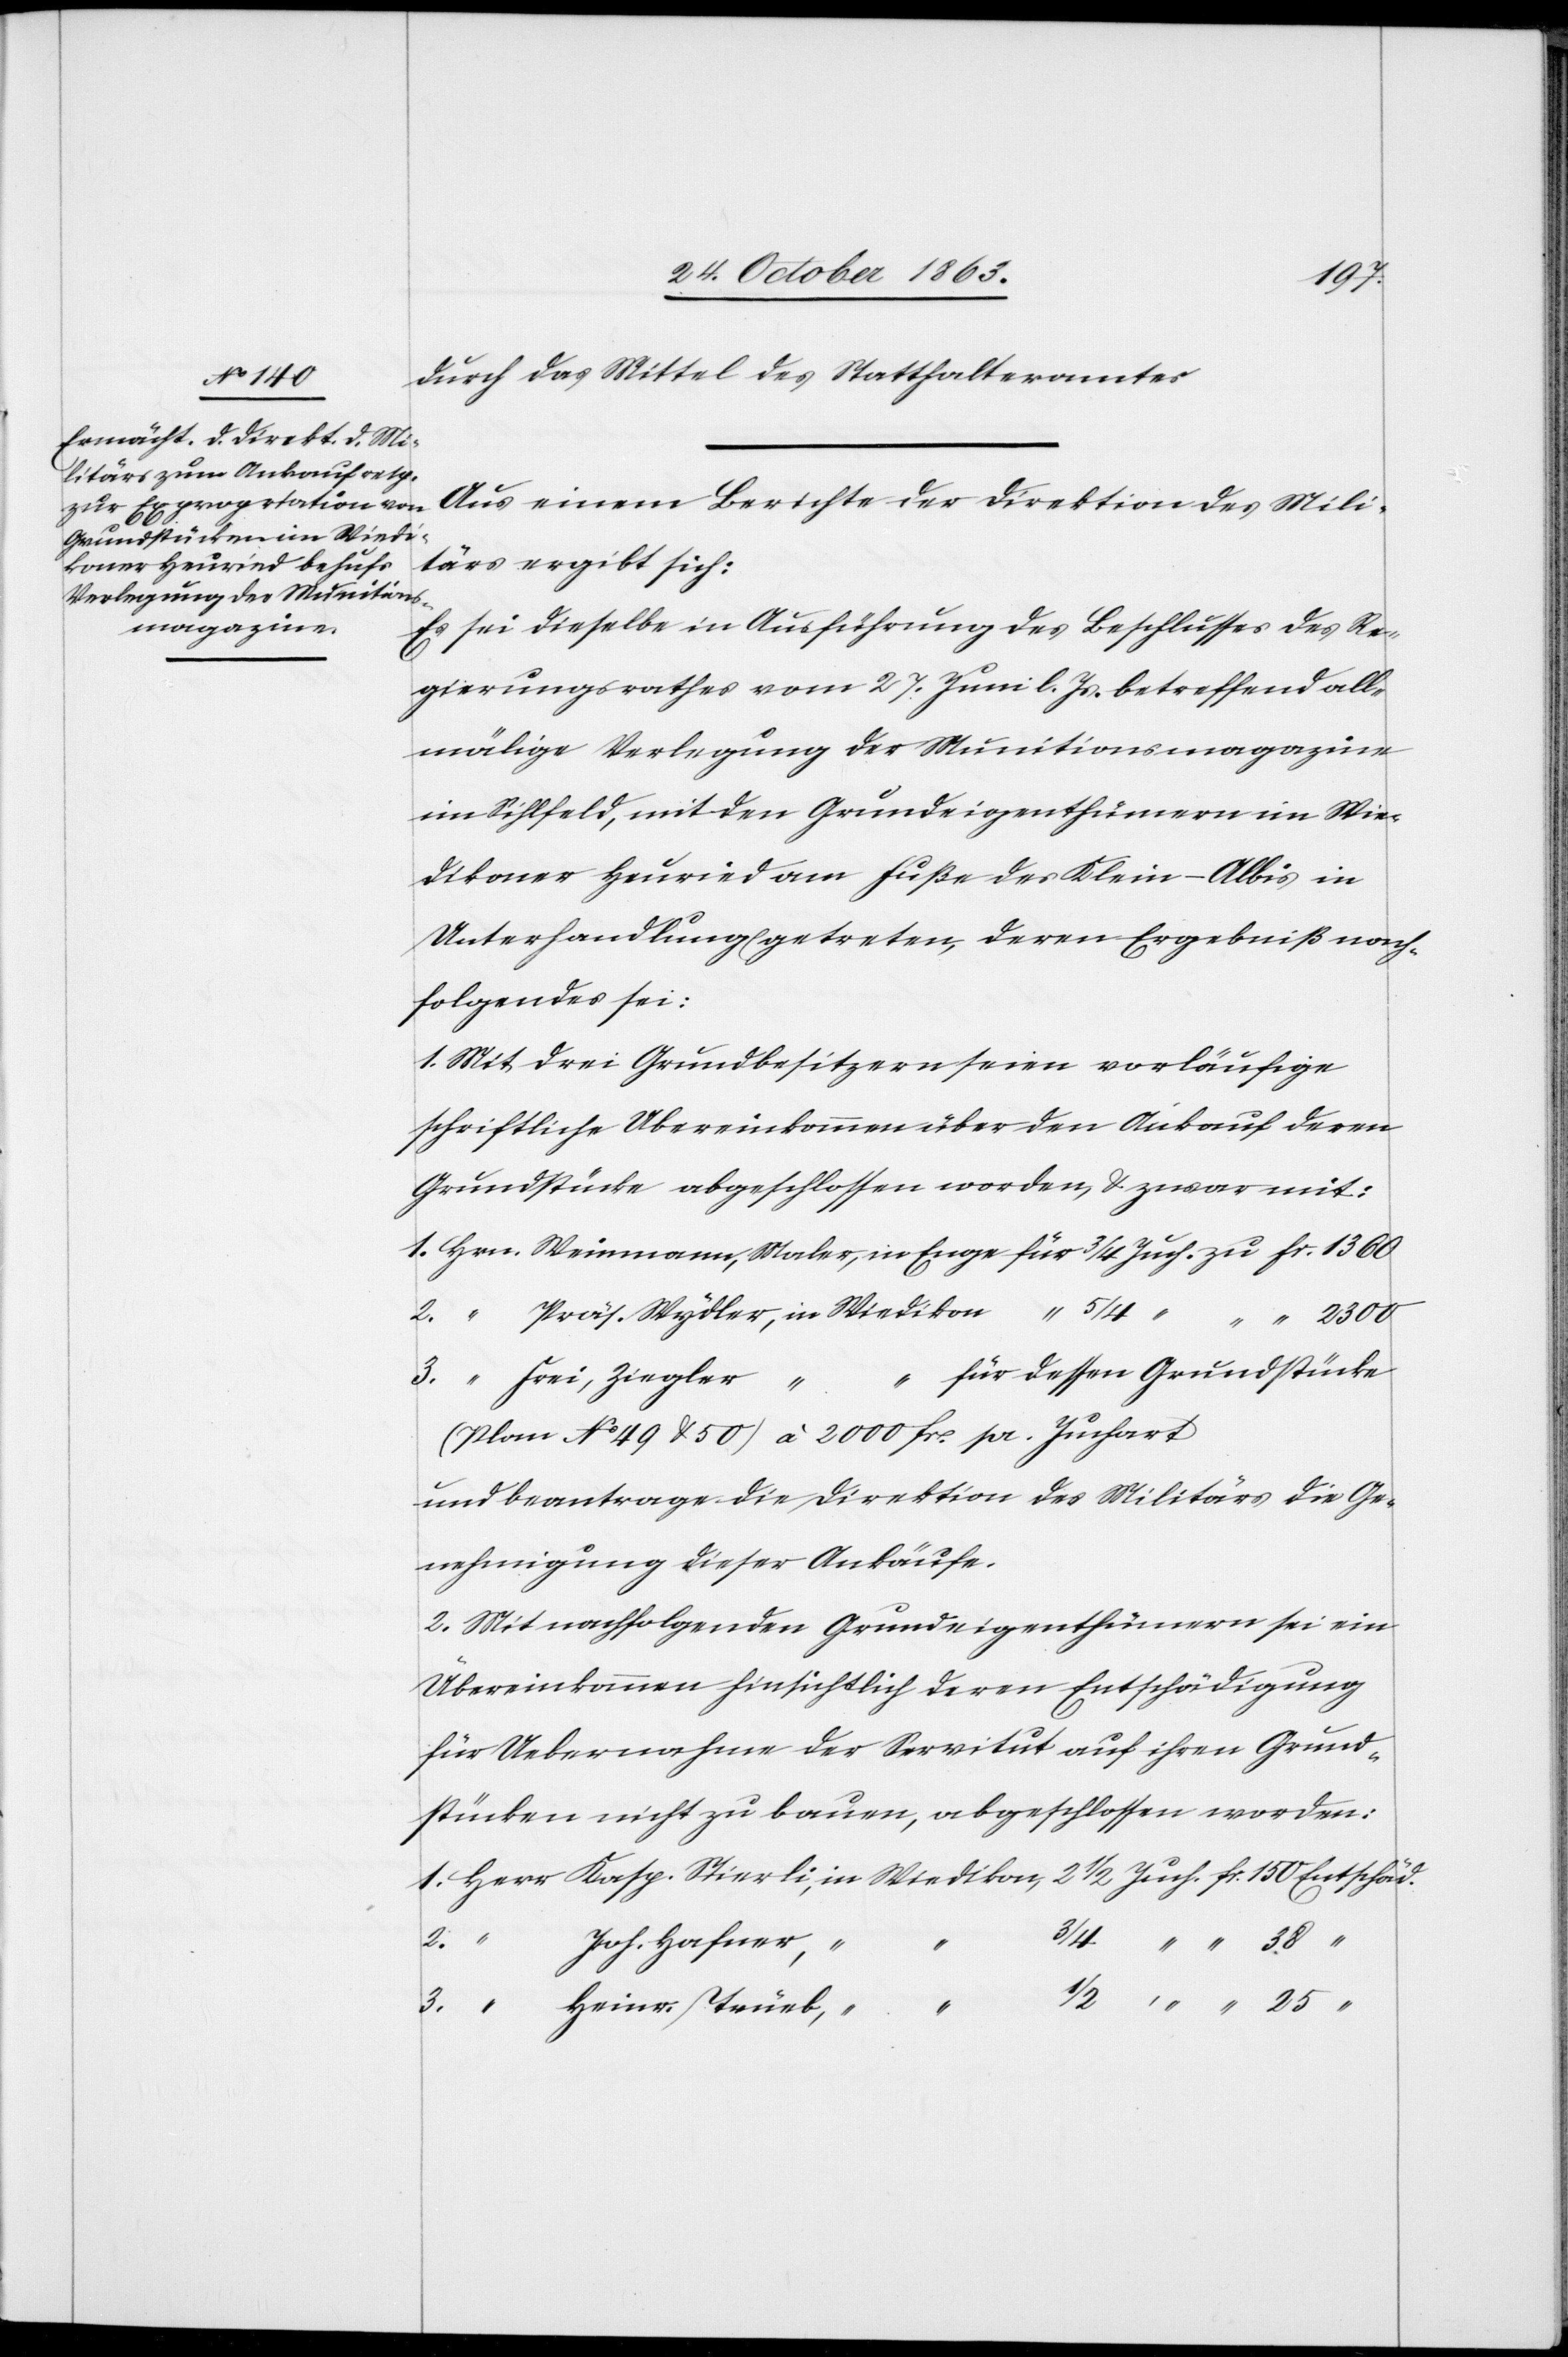
38
durch das Mittel des Statthalteramtes.
Aus einem Berichte der Direktion des Mili¬
tärs ergibt sich:
Es sei dieselbe in Ausführung des Beschlusses des Re¬
gierungsrathes vom 27. Juni l. Js. betreffend all¬
mälige Verlegung der Munitionsmagazine
im Sihlfeld, mit den Grundeigenthümern im Wie¬
dikoner Heuried am Fuß des Klein-Albis in
Unterhandlung[en] getreten, deren Ergebniß nach¬
folgendes sei:
1. Mit drei Grundbesitzern seien vorläufige
schriftliche U[e]bereinkommen über den Ankauf deren
Grundstücke abgeschlossen worden, & zwar mit:
1. Hrn. Weinmann, Maler, in Enge für 3/4 Juch. zu fr. 1360
fr.
dessen Grundstücke
(Plan No 49 & 50) à 2000 fr. pr. Juchart
und beantrage die Direktion des Militärs die Ge¬
nehmigung dieser Ankäufe.
2. Mit nachfolgenden Grundeigenthümern sei ein
Übereinkommen hinsichtlich deren Entschädigung
für Uebernahme der Servitut auf ihren Grund¬
stücken nicht zu bauen, abgeschlossen worden:
3.
Joh. Hafner,